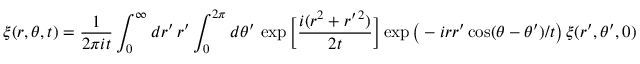
\xi ( r , \theta , t ) = \frac { 1 } { 2 \pi i t } \int _ { 0 } ^ { \infty } d r ^ { \prime } \, r ^ { \prime } \int _ { 0 } ^ { 2 \pi } d \theta ^ { \prime } \, \exp \bigg [ \frac { i ( r ^ { 2 } + r ^ { \prime \, 2 } ) } { 2 t } \bigg ] \exp \big ( - i r r ^ { \prime } \cos ( \theta - \theta ^ { \prime } ) / t \big ) \, \xi ( r ^ { \prime } , \theta ^ { \prime } , 0 )